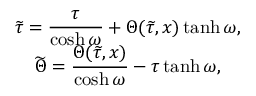
\begin{array} { c } { { \widetilde { \tau } = \displaystyle \frac { \tau } { \cosh \omega } + \Theta ( \widetilde { \tau } , x ) \operatorname { t a n h } \omega , \hfill } } \\ { { \widetilde { \Theta } = \displaystyle \frac { \Theta ( \widetilde { \tau } , x ) } { \cosh \omega } - \tau \operatorname { t a n h } \omega , \hfill } } \end{array}